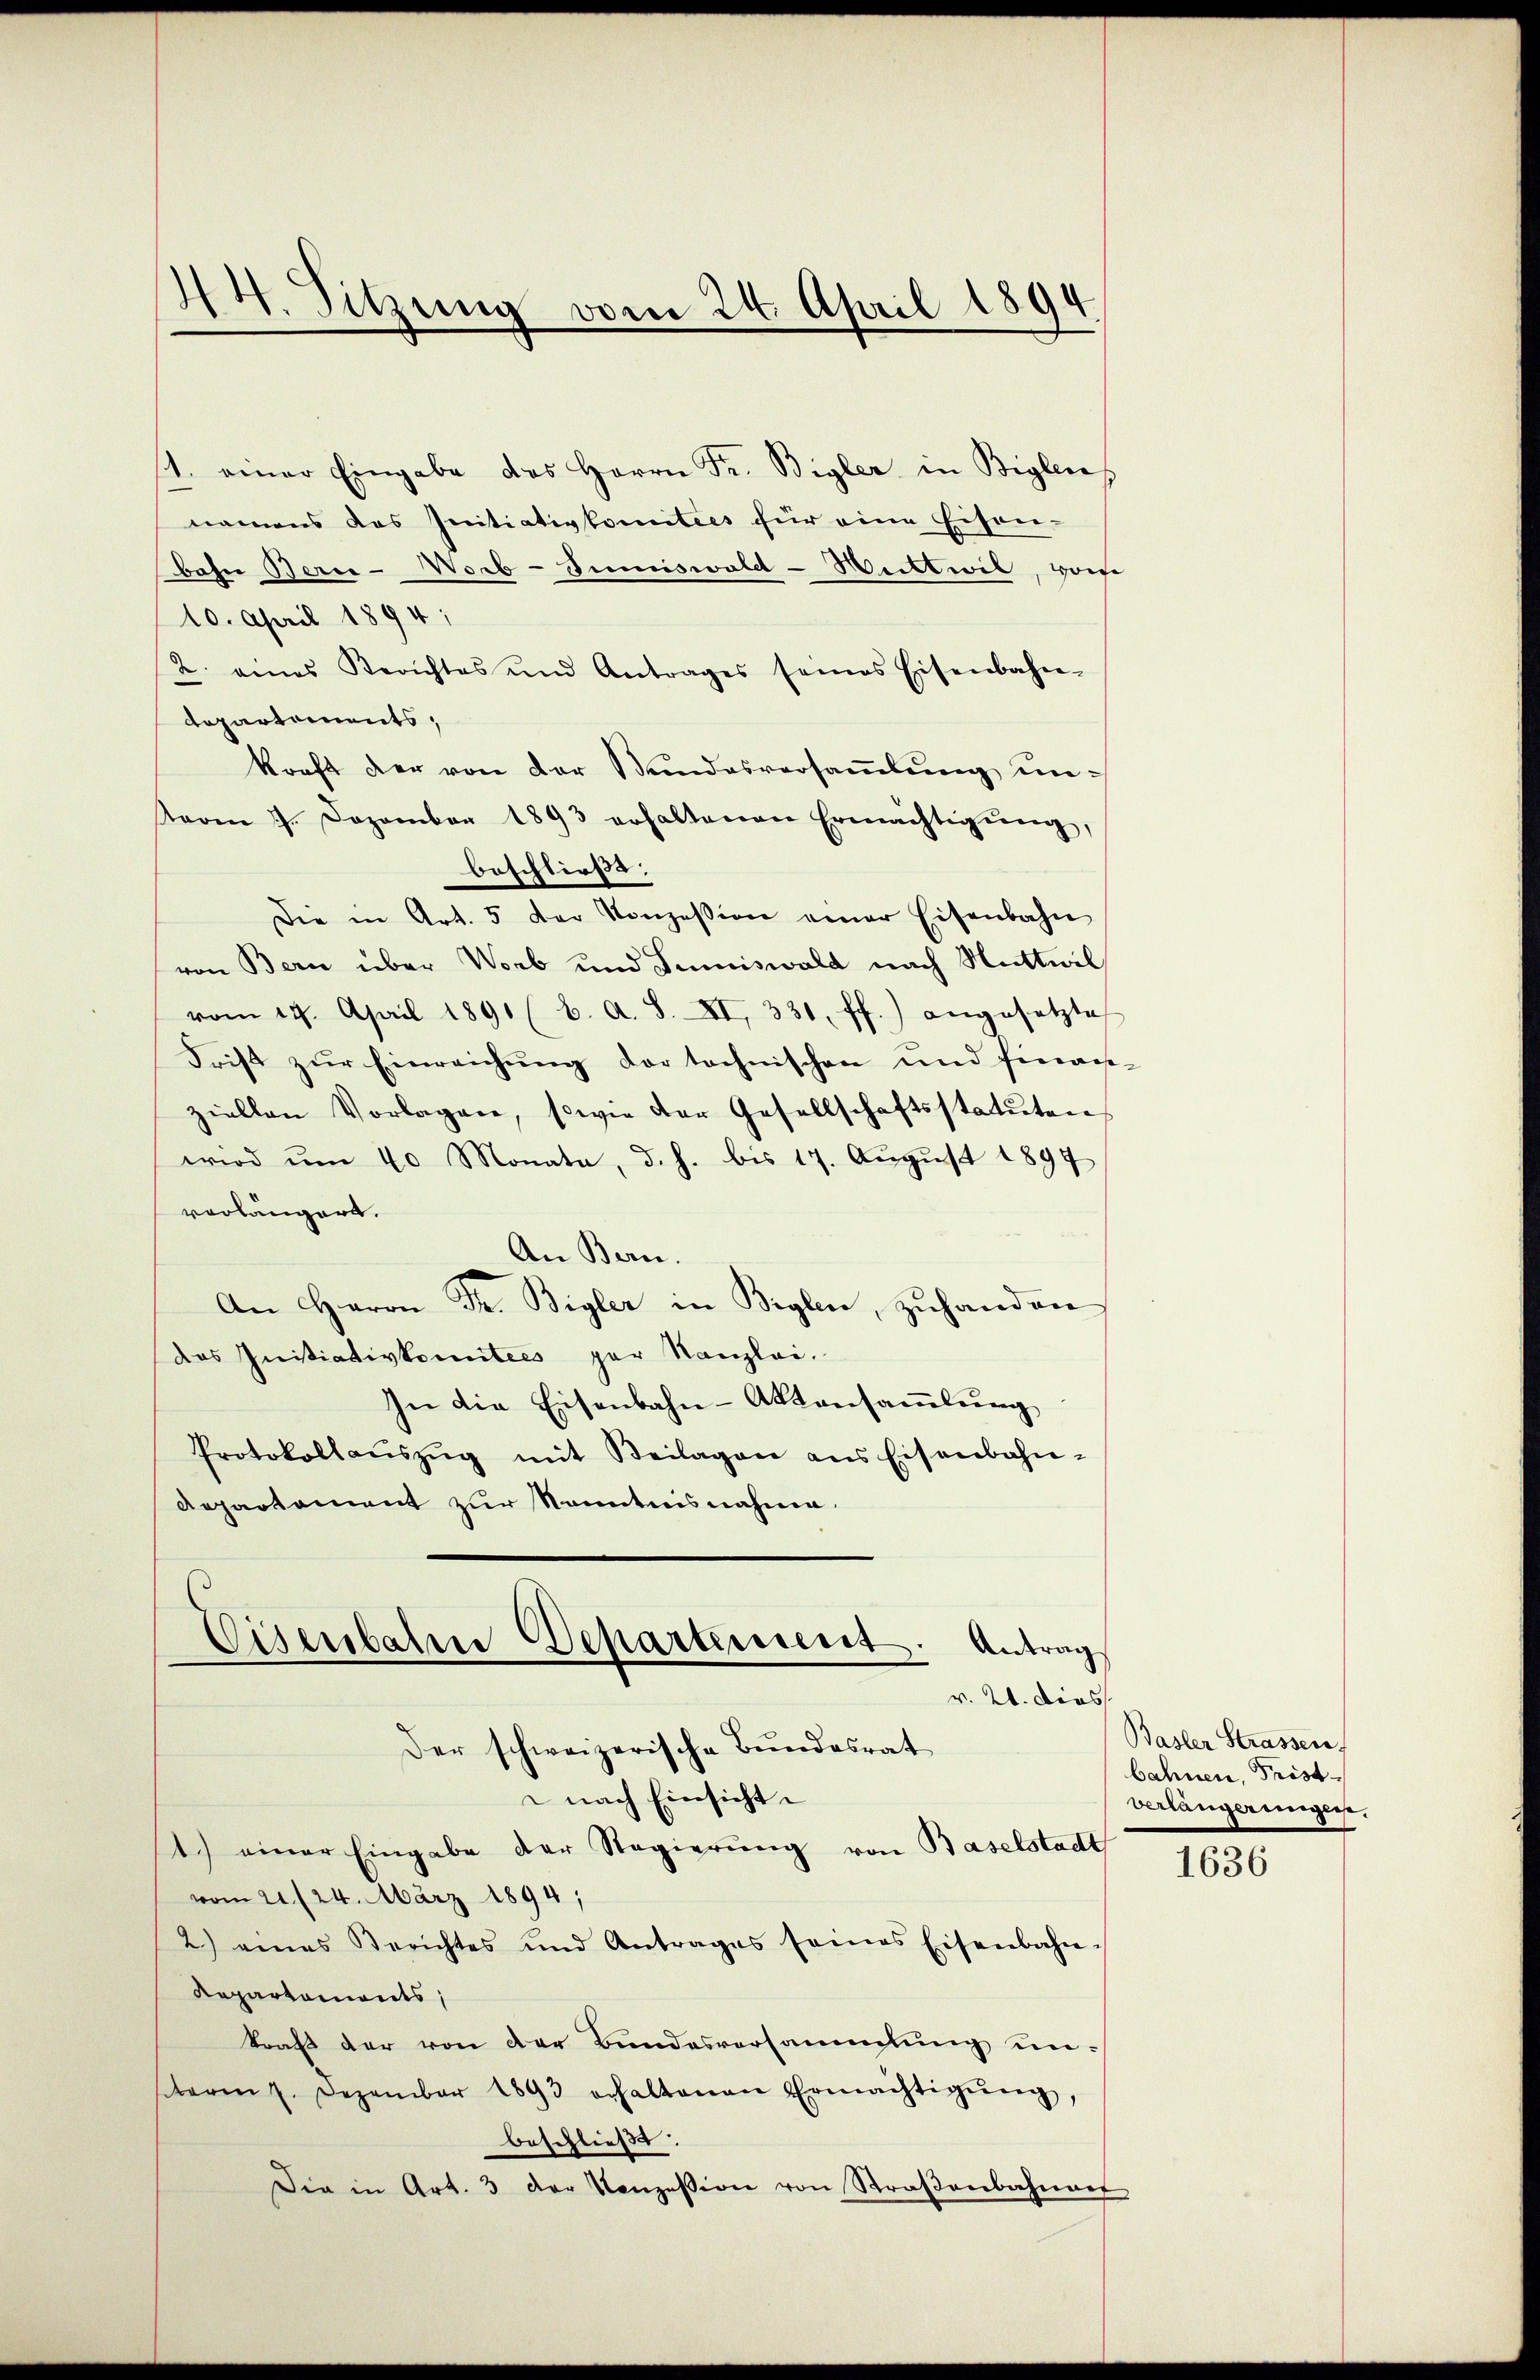
44. Sitzung vom 24. April 1894

1. einer Eingabe des Herrn Fr. Bigler in Bigleres
namens das Initiativkomitees für eine Eisen-
bahn Berie-Worb-Sumiswald-Wittwil, von
10. April 1894;
2. eines Berichtes und Antrages seines Eisenbahn-
departements,
kraft der von der Bundesversaṁlŭng unterm 7. Dezember 1893 erhaltenen Ermächtigŭng,
beschließe.
Die in Art. 5 der Konzession einer Eisenbahn
von Bern über Worb und Sumiswald nach Mittwil
vom 19. April 1891 (6. A. S. XI, 331 ff.) angesetzte
Frist zur Einreichung der technischen und finant
ziellen Vorlagen, sowie der Gesellschaftsstatuten,
wird ŭm 40 Monata, d. h. bis 17. Aŭgŭst 1897
vorlängert.
An Bern.
An Herrn Dr. Bigler in Biglen, zuhanden
das Initiativkomitees par Kanzlei.
In die Eisenbahn-Aktansammlung
Protokollaŭszŭg mit Beilagen ans Eisenbahn-
Departement zur Kenntnisnahme.

Cisenbahne Departement. Antrag
v. 21. dies

Der schweizerische Bundesrat
 nach Einsicht
1.) einer Eingabe der Regierung von Baselstadt
vom 21. (24. März 1894;
2.) eines Berichtes und Antrages seines Eisenbahn-
Repartements,
traß der von der Bundesversammlung unsterm 7. Dezember 1893 erhaltenen Ermächtigŭng,
beschließt:
Die in Art. 3 der Konzession von Straβenbahnert

Basler Strassen,
bahnen, Frist
verlängerungen.

1636